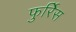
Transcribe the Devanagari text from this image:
फुर्रिेस